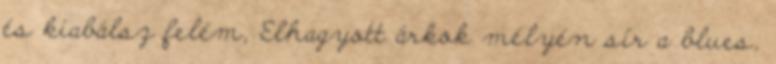
és kiabálsz felém, Elhagyott árkok mélyén sír a blues,